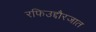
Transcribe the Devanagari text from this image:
रफिउद्दौरजात